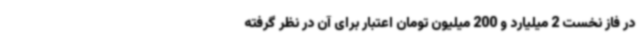
در فاز نخست 2 میلیارد و 200 میلیون تومان اعتبار برای آن در نظر گرفته